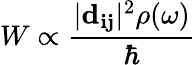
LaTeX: W\propto\frac{|\mathbf{d_{ij}}|^{2}\rho(\omega)}{\hbar}